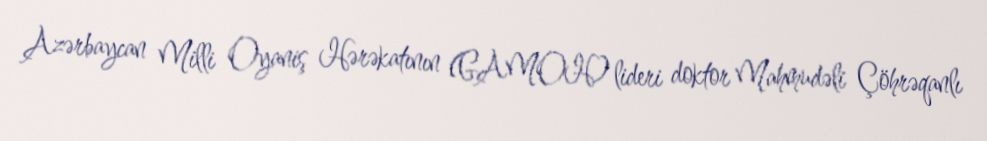
Azərbaycan Milli Oyaniş Hərəkatının (GAMOH) lideri doktor Mahmudəli Çöhrəqanlı